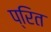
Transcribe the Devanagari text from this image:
प्रित